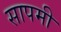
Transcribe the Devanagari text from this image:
सापमी